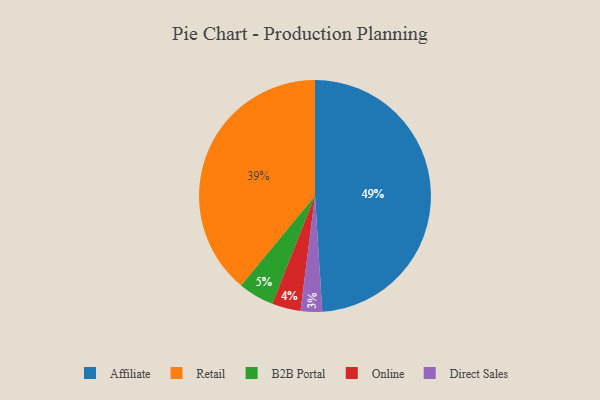
{"axis": {"x": "Category", "y": "Percentage"}, "legend": ["Affiliate", "B2B Portal", "Direct Sales", "Online", "Retail"], "data": [{"x": "Direct Sales", "y": 3, "type": "Direct Sales"}, {"x": "B2B Portal", "y": 5, "type": "B2B Portal"}, {"x": "Online", "y": 4, "type": "Online"}, {"x": "Affiliate", "y": 49, "type": "Affiliate"}, {"x": "Retail", "y": 39, "type": "Retail"}]}